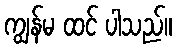
ကျွန်မ ထင် ပါသည်။